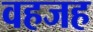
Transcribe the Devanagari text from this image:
वहजह